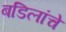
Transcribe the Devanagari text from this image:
बडिलांचे